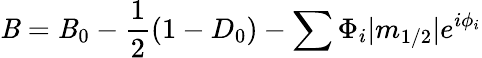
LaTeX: \mathit{B}=\mathit{B}_{0}-\frac{{1}}{{2}}(1-D_{0})-\sum\Phi_{i}|m_{1/2}|e^{i\phi_{i}}